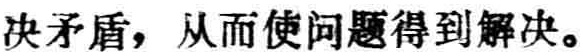
决矛盾，从而使问题得到解决。